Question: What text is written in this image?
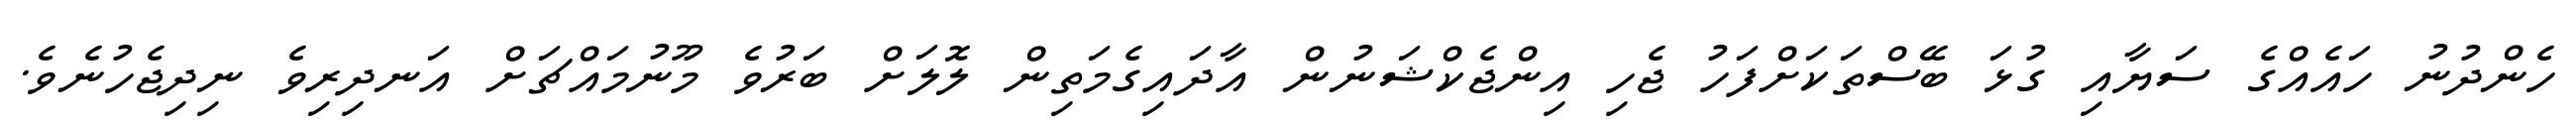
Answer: ހެންދުނު ހައެއްގެ ސަޔާއި ގުޅަ ބޭސްތަކަށްފަހު ޖެހި އިންޖެކްޝަނުން އާދައިގެމަތިން ލޮލަށް ބަރުވެ މޫނުމައްޗަށް އަނދިރިވެ ނިދިޖެހުނެވެ.